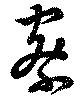
察